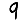
Digit: 9